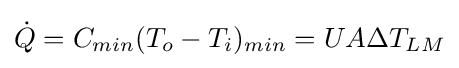
{\dot {Q}}=C_{min}(T_{o}-T_{i})_{min}=UA\Delta T_{LM}